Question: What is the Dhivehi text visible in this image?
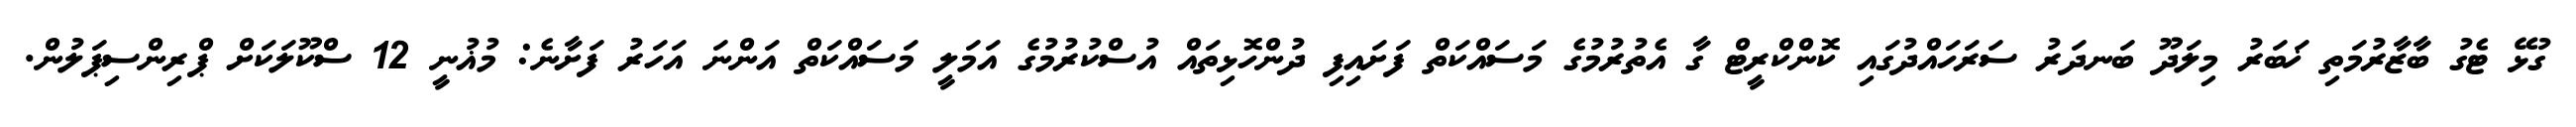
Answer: ގުޅޭ ޓެގު ބާޒާރުމަތި ޚަބަރު މިލަދޫ ބަނދަރު ސަރަހައްދުގައި ކޮންކްރީޓް ގާ އެތުރުމުގެ މަސައްކަތް ފަށައިފި ދުންހޮޅިތައް އުސްކުރުމުގެ އަމަލީ މަސައްކަތް އަންނަ އަހަރު ފަށާނެ: މުޣުނީ 12 ސްކޫލަކަށް ޕްރިންސިޕަލުން.